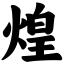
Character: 煌